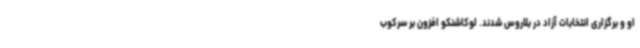
او و برگزاری انتخابات آزاد در بلاروس شدند. لوکاشنکو افزون بر سرکوب